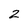
Character: 2